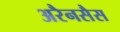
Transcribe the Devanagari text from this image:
अरैनसैस